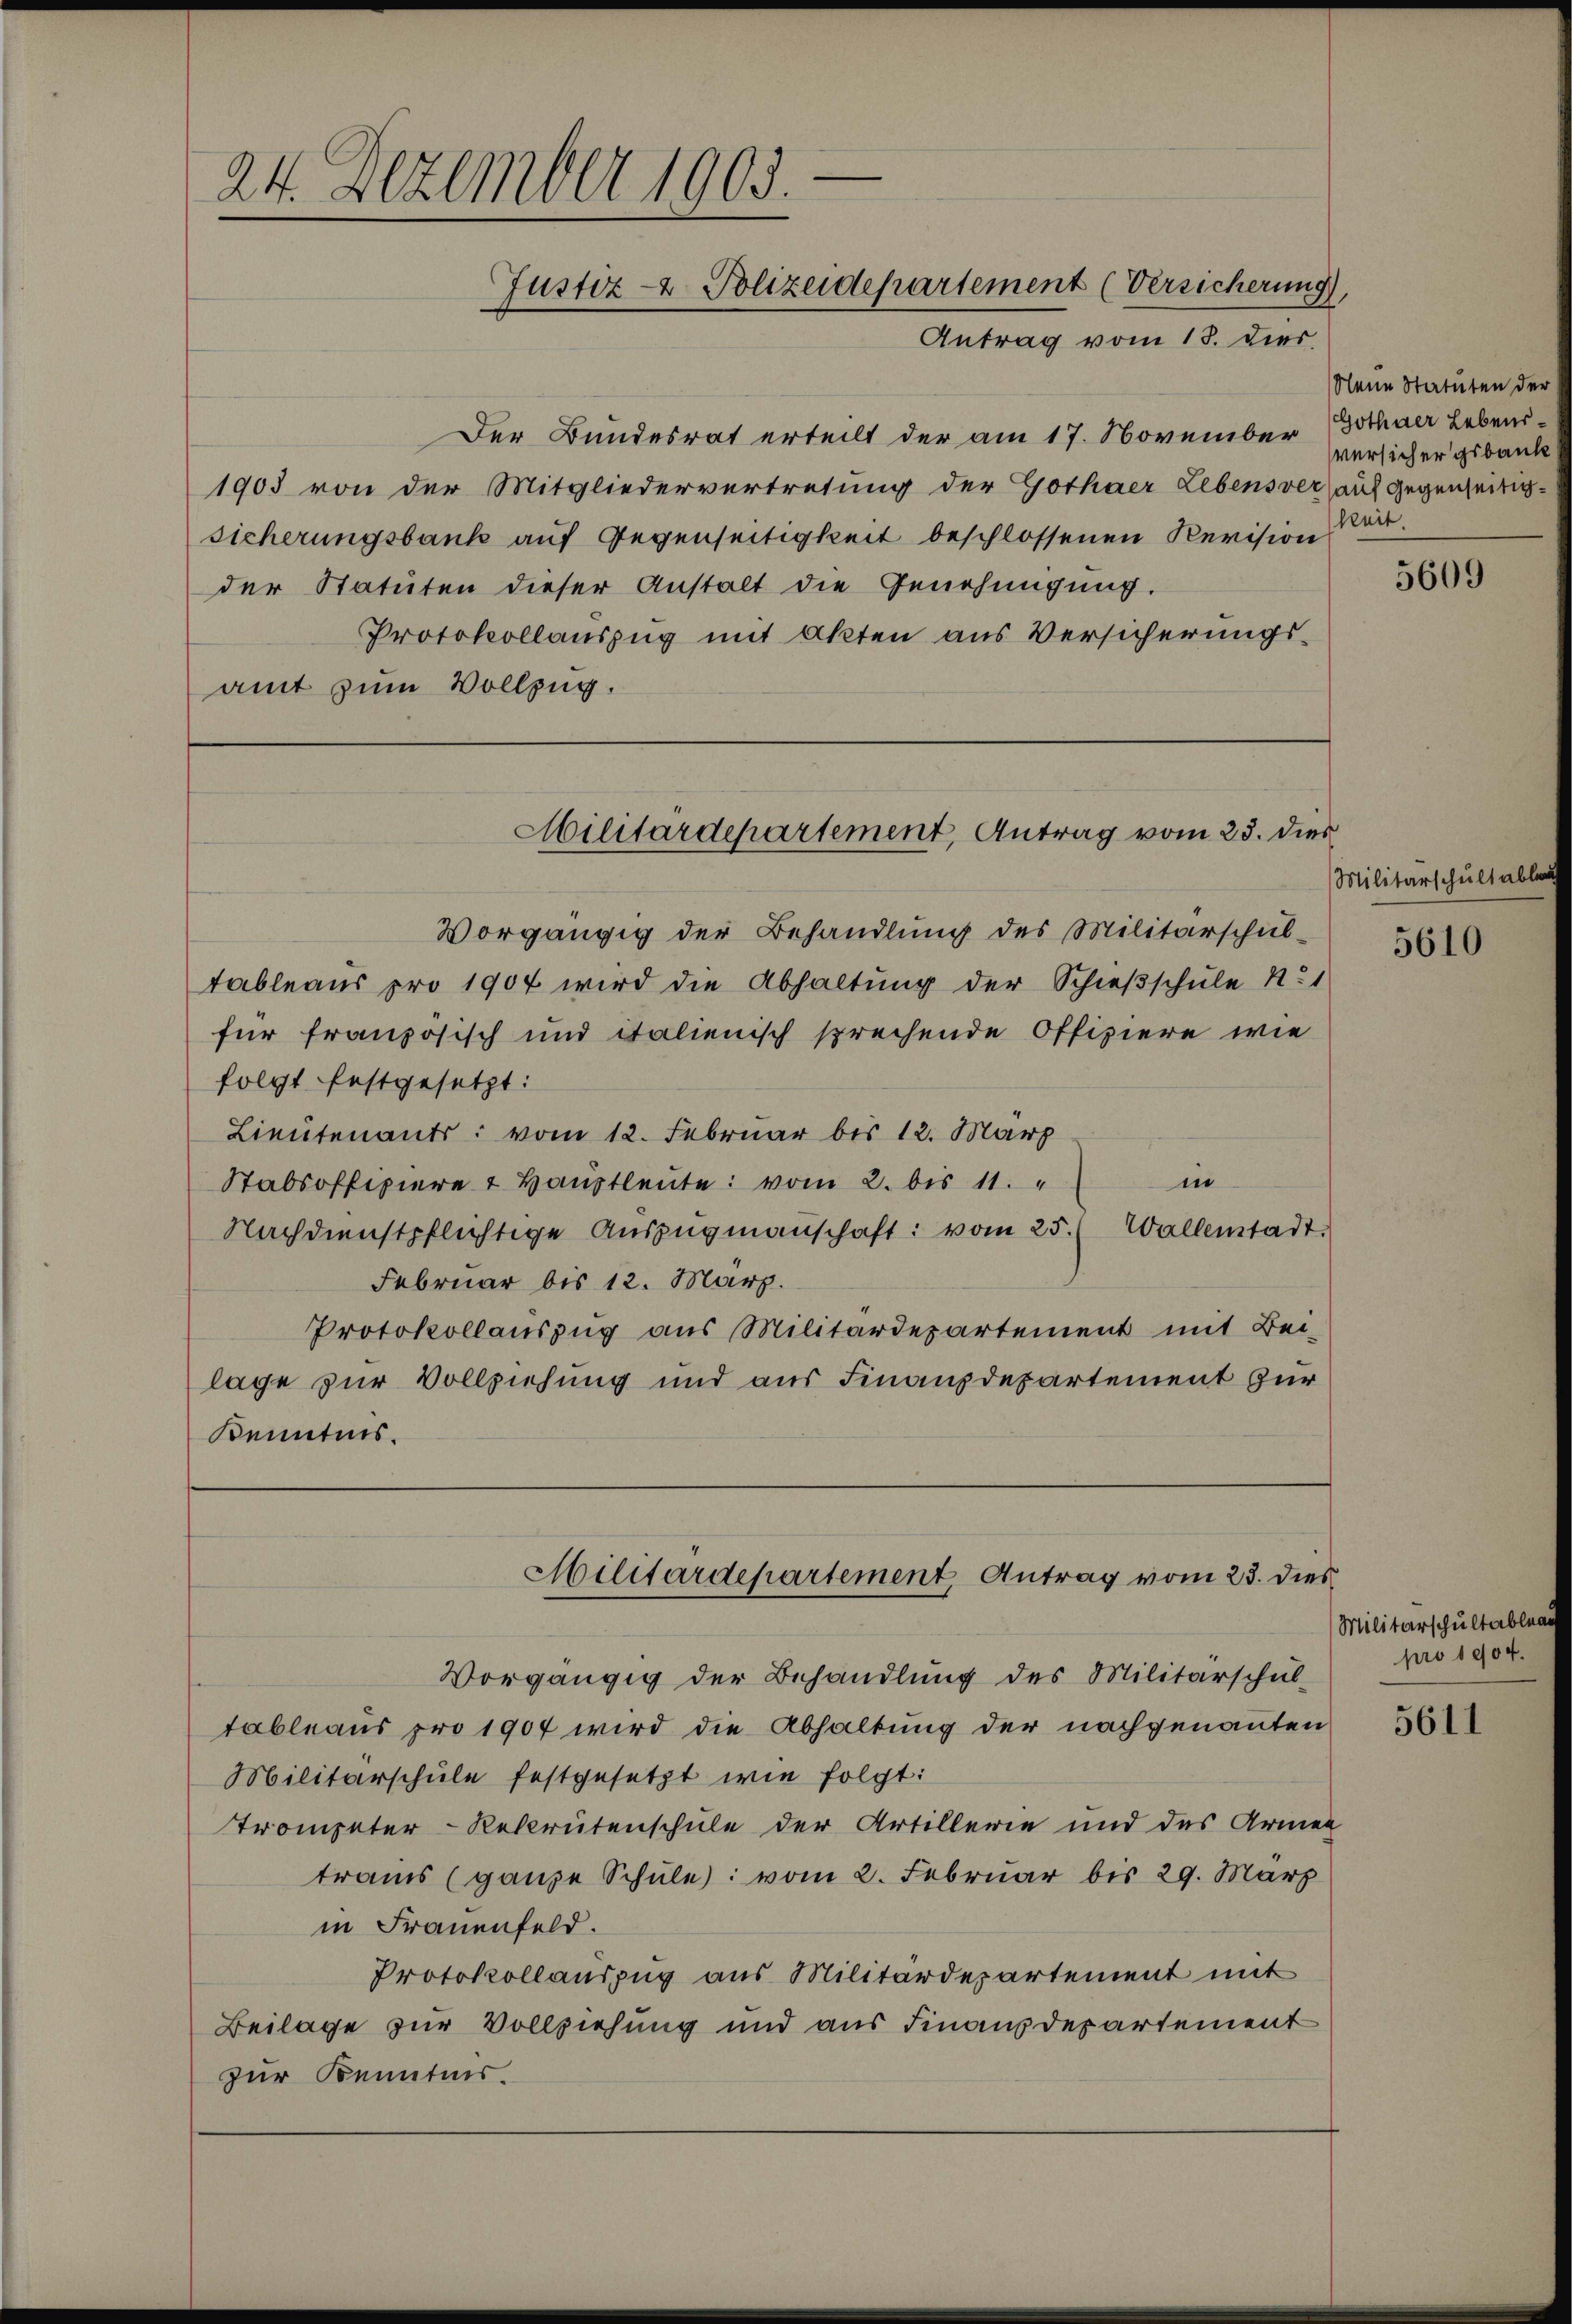
—
24. Dezember 1903.
Justiz- & Polizeidepartement (Versicherung
Antrag vom 18. dies

Der Bundesrat erteilt der am 17. November Gothaer Lebens
1903 von der Mitgliedervertretung der Gothaer Lebensverauf gegenseitigsicherungsbank auf Gegenseitigkeit beschlossenen Revision
der Statuten dieser Anstalt die Genehmigung.
Protokollauszug mit Akten aus Versicherungsamt zum Vollzug.

Militärdepartement, Antrag vom 23. dies

Vorgängig der Behandlung des Militärschul-
tableaus pro 1904 wird die Abhaltung der Schießschule No 1
für französisch und italienisch sprechende Offiziere wie
folgt festgesetzt:
Lieutenants: vom 12. Februar bis 12. März
in
Stabsoffiziere 4 Hauptleute: vom 2. bis 11.
Nachdienstpflichtige Auszugmannschaft: vom 25. (Wallenstadt.
Februar bis 12. März.
Protokollauszug aus Militärdepartement mit Bei-
lage zur Vollziehung und aus Finanzdepartement zur
Kenntnis.

Militärdepartement Antrag vom 23. dies

Vorgängig der Behandlung des Militärschul-
Tableaus pro 1904 wird die Abhaltung der nachgenannten
Militärschule festgesetzt wie folgt:
Trompeter-Rekrutenschule der Artillerie und das Armen
trains (ganze Schule): vom 2. Februar bis 29. März
in Frauenfeld.
Protokollauszug aus Militärdepartement mit
Beilage zur Vollziehung und aus Finanzdepartement
zur Kenntnis.

Neue Statuten der
versicher gebaute
keit.

Militärschult abler
5610

5609

Militärschultableau
pro 1904.

5611